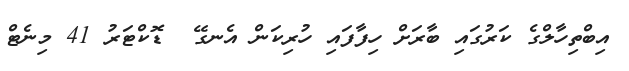
އިބްތިހާލްގެ ކަރުގައި ބާރަށް ހިފާފައި ހުރިކަން އެނގޭ  ޑޮކްޓަރު 41 މިނެޓް